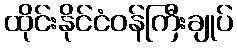
ထိုင်းနိုင်ငံဝန်ကြီးချုပ်